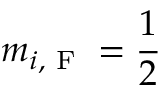
m _ { i , \textrm { F } } = \frac { 1 } { 2 }